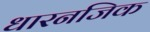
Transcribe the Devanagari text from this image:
धारनजिक